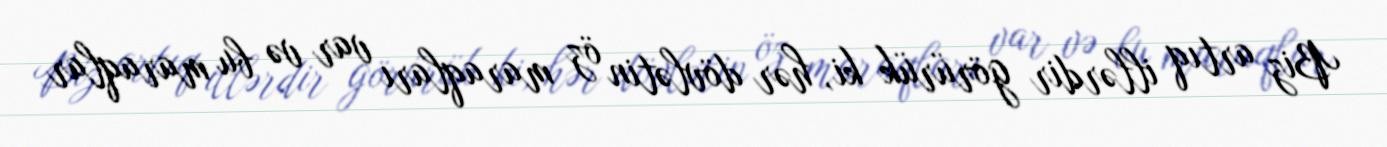
Biz artıq illərdir görürük ki, hər dövlətin öz maraqları var və bu maraqlar